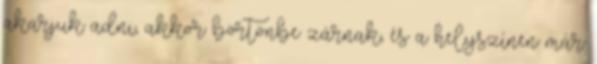
akarjuk adni, akkor börtönbe zárnak, és a helyszínen már